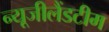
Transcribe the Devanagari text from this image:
न्यूजीलैंडटीम